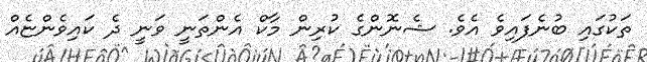
ތަކުގައި ބުނެފައިވެ އެވެ. ޝެނޮންގެ ކުރިން މާކް އެންތަނީ ވަނީ ދެ ކައިވެންޏެއް